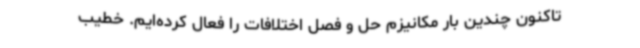
تاکنون چندین بار مکانیزم حل و فصل اختلافات را فعال کرده‌ایم. خطیب